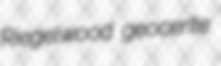
Riegelwood geocerite